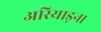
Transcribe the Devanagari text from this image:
अरियाड़ना